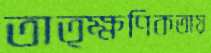
তাত্ক্ষণিকতায়